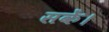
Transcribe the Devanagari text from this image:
सकेंं।